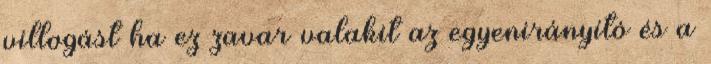
villogást ha ez zavar valakit az egyenirányító és a